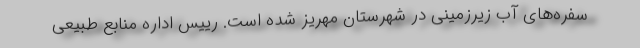
سفره‌های آب زیرزمینی در شهرستان مهریز شده است. رییس اداره منابع طبیعی